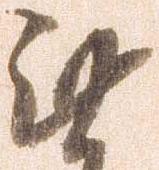
無